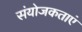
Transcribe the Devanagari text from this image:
संयोजकताएं